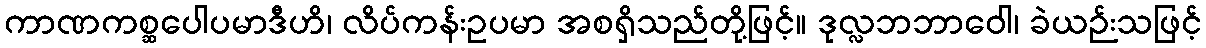
ကာဏကစ္ဆပေါပမာဒီဟိ၊ လိပ်ကန်းဥပမာ အစရှိသည်တို့ဖြင့်။ ဒုလ္လဘဘာဝေါ၊ ခဲယဉ်းသဖြင့်